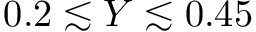
0 . 2 \lesssim Y \lesssim 0 . 4 5